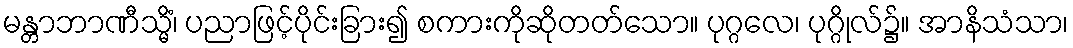
မန္တာဘာဏီသ္မိံ၊ ပညာဖြင့်ပိုင်းခြား၍ စကားကိုဆိုတတ်သော။ ပုဂ္ဂလေ၊ ပုဂ္ဂိုလ်၌။ အာနိသံသာ၊